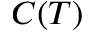
C ( T )